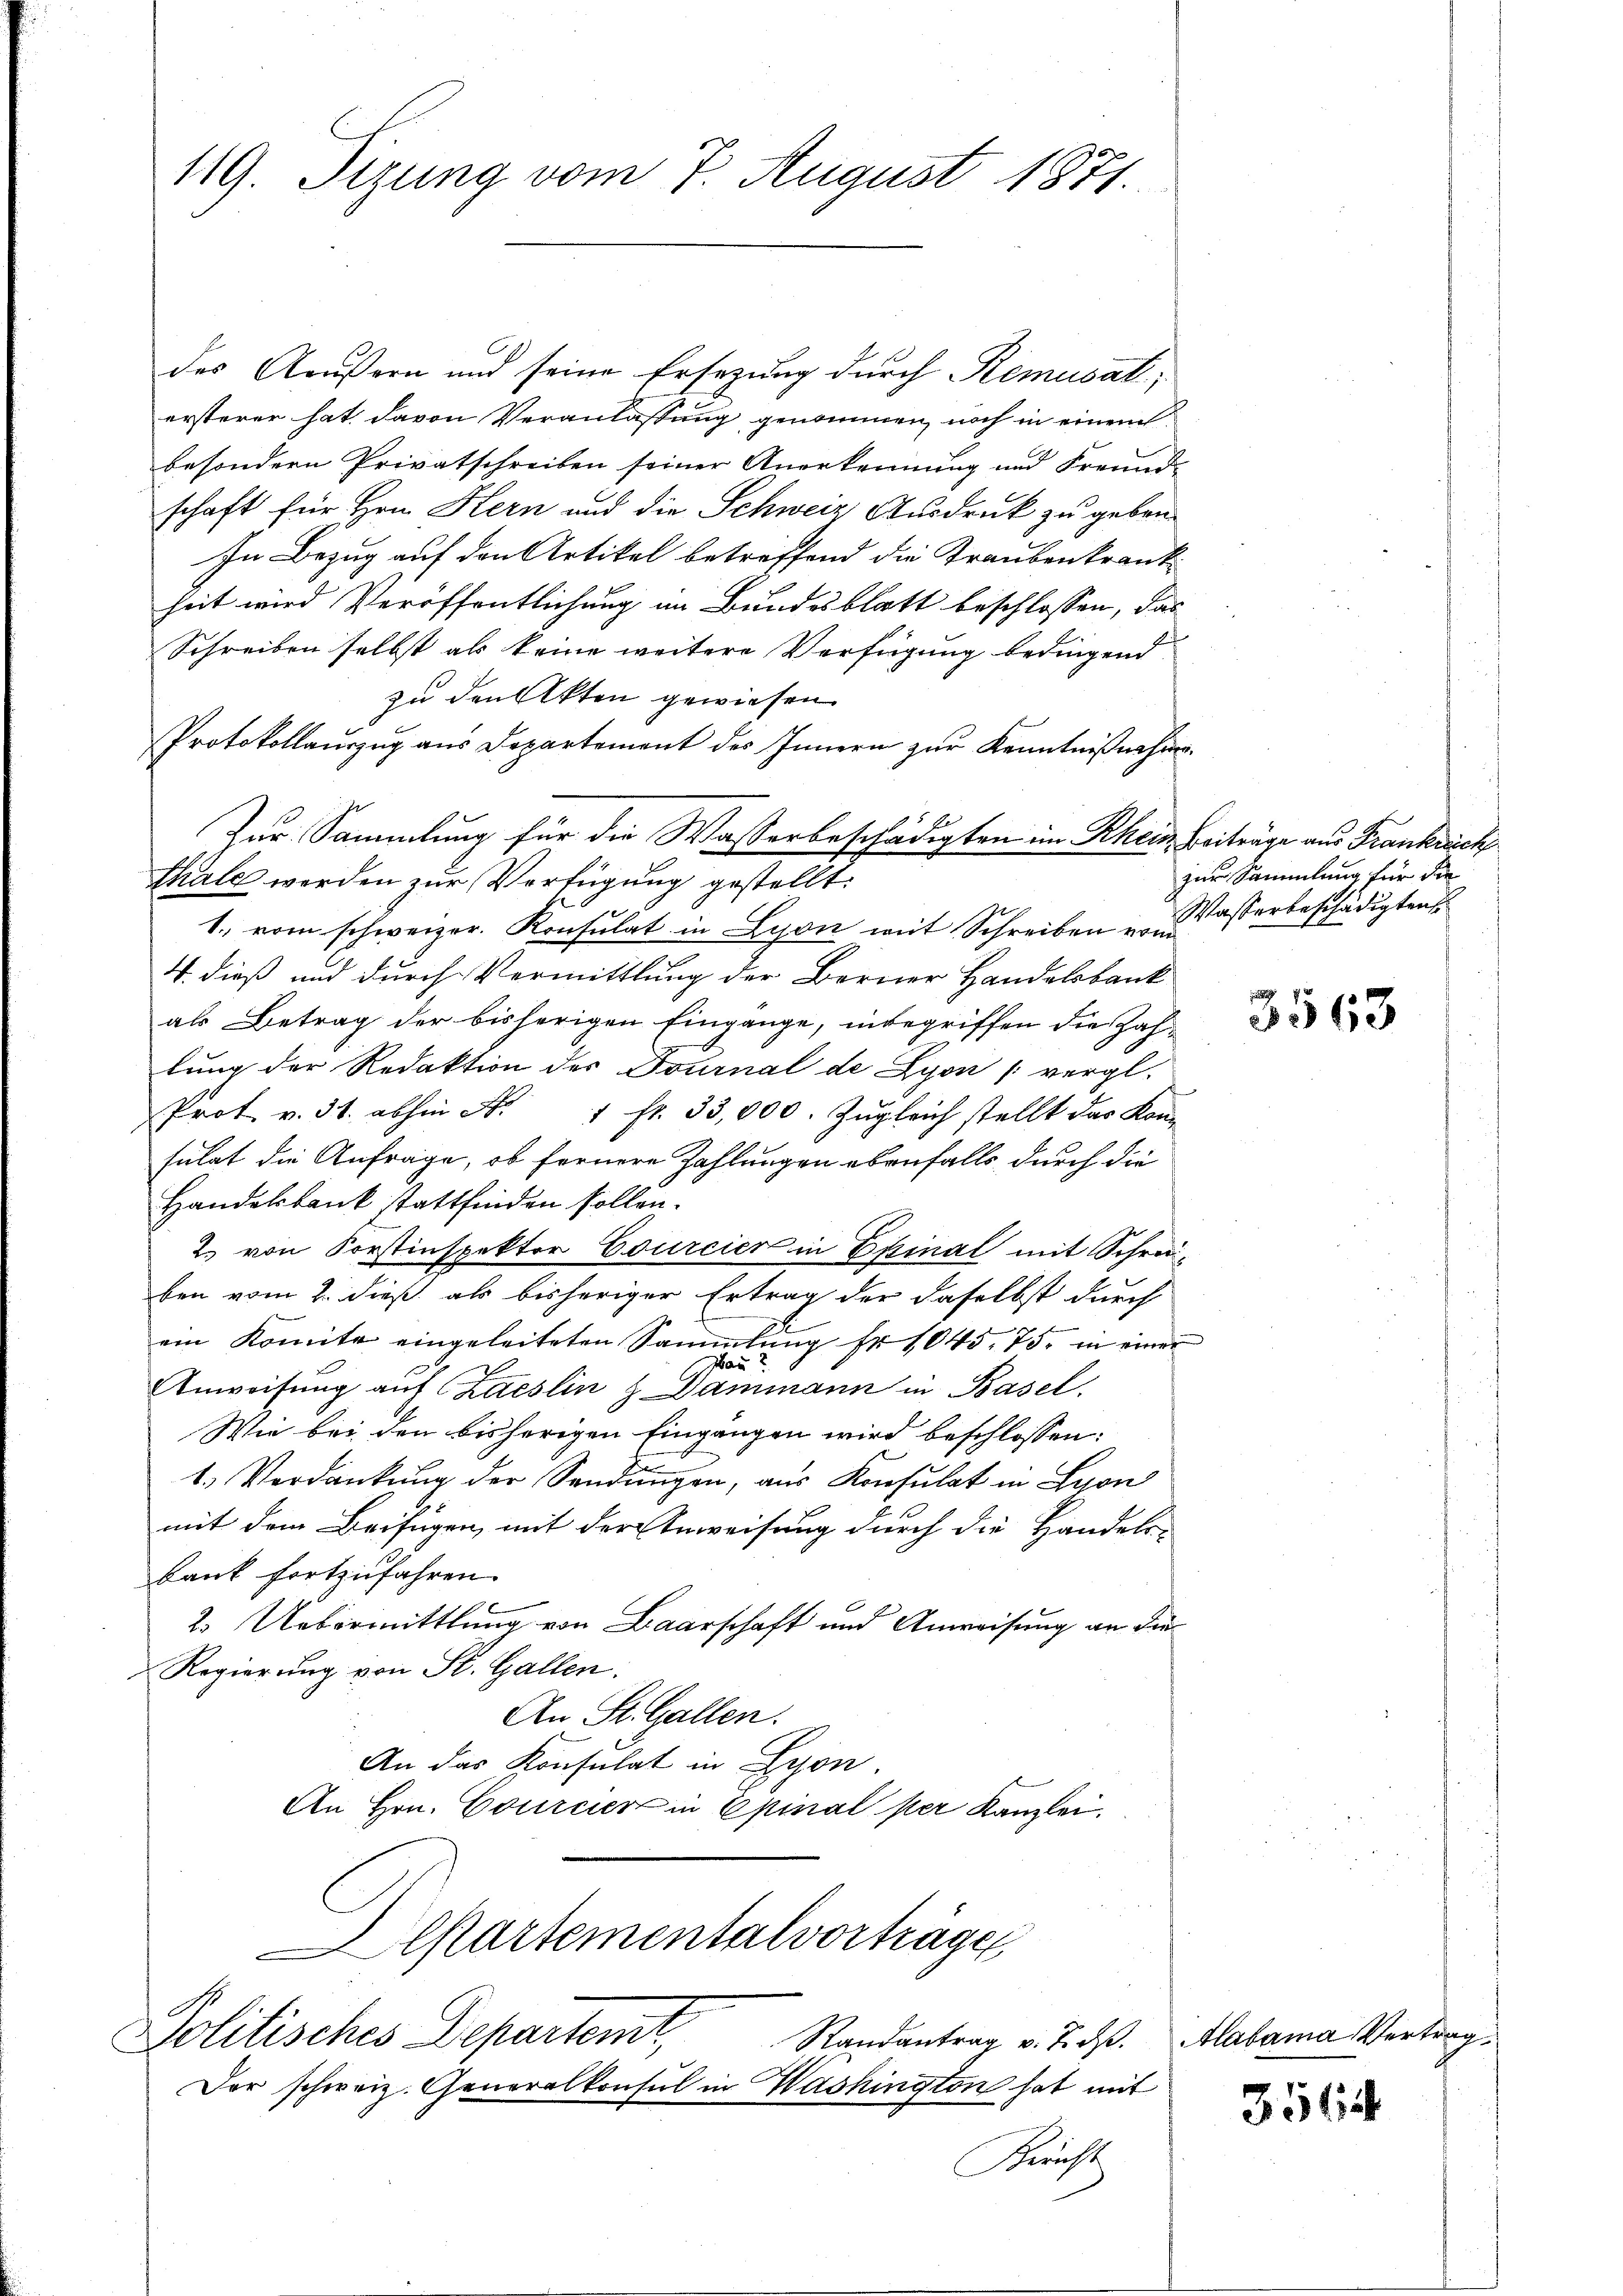
119. Sizung vom 7. August 1871.

des Aeußern und seine Ersezung durch Remusal,
ersterer hat, davon Veranlassung genommen, noch in einem
besondern Privatschreiben seiner Anerkennung und Freunds
schaft für Hrn. Kern und die Schweiz Ausdruck zu geben.
In Bezug auf den Artikel betreffend die Traubenkrankheit wird Veröffentlichung im Bundesblatt beschlossen, das
Schreiben selbst als keine weitere Verfügung bedingend
zu den Akten gewiesen.
Protokollauszug aus Departement des Innern zur Kenntnißnahme
Zur Sammlung für die Wasserbeschädigten im Rhein Beiträge aus Frankreich
thale werden zur Verfügung gestellt:
1., vom schweizer. Konsulat in Lyon mit Schreiben vom
4. dieß und durch Vermittlung der Berner Handelsbank
als Betrag der bisherigen Eingange, inbegriffen die Zahlung der Redaktion des Tournal de Lyon vergl.
Prot. v. 31. abhin N. 1 fr. 33,000. Zugleich stellt das Kon-
sulat die Anfrage, ob fernere Zahlungen ebenfalls durch die
Handelbank stattfinden sollen.
2. von Forstinspektor Courcier in Epinal mit Schreiben vom 2. dieß als bisheriger Ertrag der daselbst durch
ein Komite eingeleiteten Sammlung fr. 1045. 75. in einer
Hau?
Anweisung auf Laeslin & Dammann in Basel.
Wie bei den bisherigen Eingangen wird beschlossen:
1. Verdankung der Sendungen, aus Konsulat in Lyon
mit dem Beifügen, mit der Anweisung durch die Handels-
bank fortzufahren.
2. Uebermittlung von Baarschaft und Anweisung an die
Regierung von St. Gallen.
An St. Gallen.
An das Konsulat in Lyon
An Hrn. Courcier in Epinal per Kanzlei,
Departementalvorträge
Politisches Departemt,
Randantrag v. 7. d. Alabama Vertrag
Der schweiz. Generalkonsul in Washington hat mit
Krinst

zur Sammlung für die
Wasserbeschädigten

3563

3564